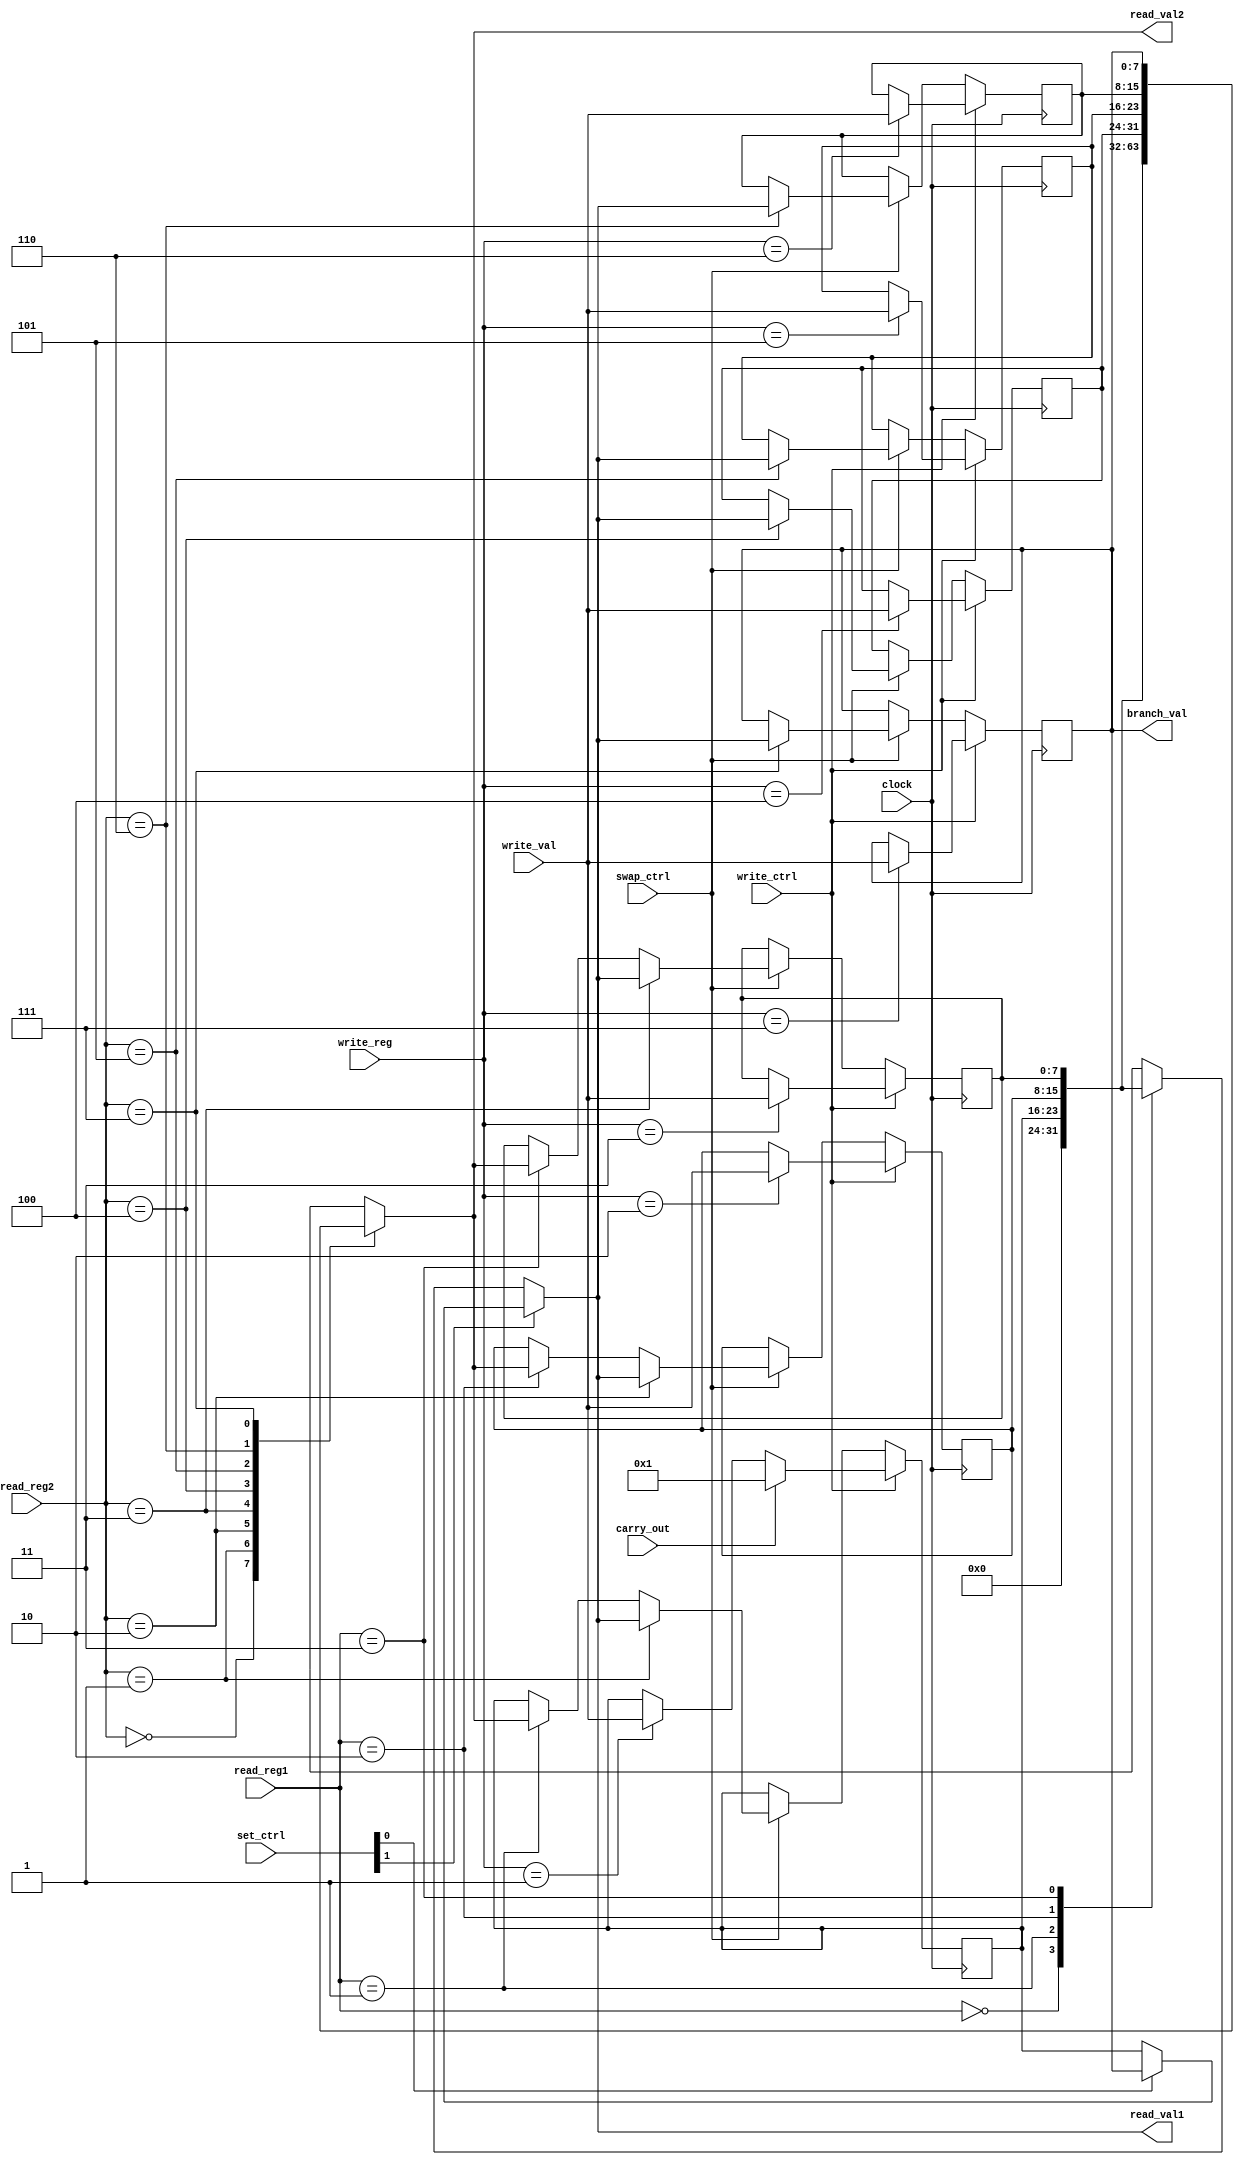
module register_file (
	input clock,
	input write_ctrl,	
	input [2:0] write_reg,
	input [7:0] write_val,
	input carry_out,
	input [1:0] read_reg1,	
	input [2:0] read_reg2,
	input swap_ctrl,
    input [1:0] set_ctrl,
    output reg [7:0] branch_val,
	output reg [7:0] read_val1,
	output reg [7:0] read_val2
);
	
reg [7:0] zero, imm, t1, t2, s1, s2, s3, branch;

initial begin
	zero = 0;
    imm = 0;
    t1 = 0;
    t2 = 0;
    s1 = 0;
    s2 = 0;
    s3 = 0;
    branch = 0;
	read_val1 = 0;
	read_val2 = 0;
end


always @ (*)
begin
    if(set_ctrl[1] == 1) begin
        if (set_ctrl[0] == 0) read_val1 <= imm;
        else read_val1 <= branch;
    end
else begin
        case (read_reg1)
            2'b00:	read_val1 <= zero;
            2'b01:	read_val1 <= imm;
            2'b10:	read_val1 <= t1;
            2'b11:	read_val1 <= t2;
        endcase
    end
	case (read_reg2)
		3'b000:	read_val2 <= zero;
		3'b001:	read_val2 <= imm;
		3'b010:	read_val2 <= t1;
		3'b011:	read_val2 <= t2;
		3'b100:	read_val2 <= s1;
		3'b101:	read_val2 <= s2;
		3'b110:	read_val2 <= s3;
		3'b111:	read_val2 <= branch;
	endcase

    branch_val <= branch;


end

	

always @(negedge clock) begin
	if(write_ctrl) begin
        if(carry_out) begin
            imm <= 8'b1;
            case(write_reg)
                3'b010:	t1 <= write_val;
                3'b011:	t2 <= write_val;
                3'b100:	s1 <= write_val;
                3'b101:	s2 <= write_val;
                3'b110:	s3 <= write_val;
                3'b111:	branch <= write_val;
            endcase
        end
		else case(write_reg)
			3'b001:	imm <= write_val;
			3'b010:	t1 <= write_val;
			3'b011:	t2 <= write_val;
			3'b100:	s1 <= write_val;
			3'b101:	s2 <= write_val;
			3'b110:	s3 <= write_val;
			3'b111:	branch <= write_val;
		endcase
	end
	else if (swap_ctrl) begin
		case (read_reg1)
			2'b01:	imm <= read_val2;
			2'b10:	t1 <= read_val2;
			2'b11:	t2 <= read_val2;
		endcase	
		case (read_reg2)
			3'b001:	imm <= read_val1;
			3'b010:	t1 <= read_val1;
			3'b011:	t2 <= read_val1;
			3'b100:	s1 <= read_val1;
			3'b101:	s2 <= read_val1;
			3'b110:	s3 <= read_val1;
			3'b111:	branch <= read_val1;
		endcase
	end
	
end
			
endmodule